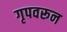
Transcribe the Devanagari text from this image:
गृपवरून